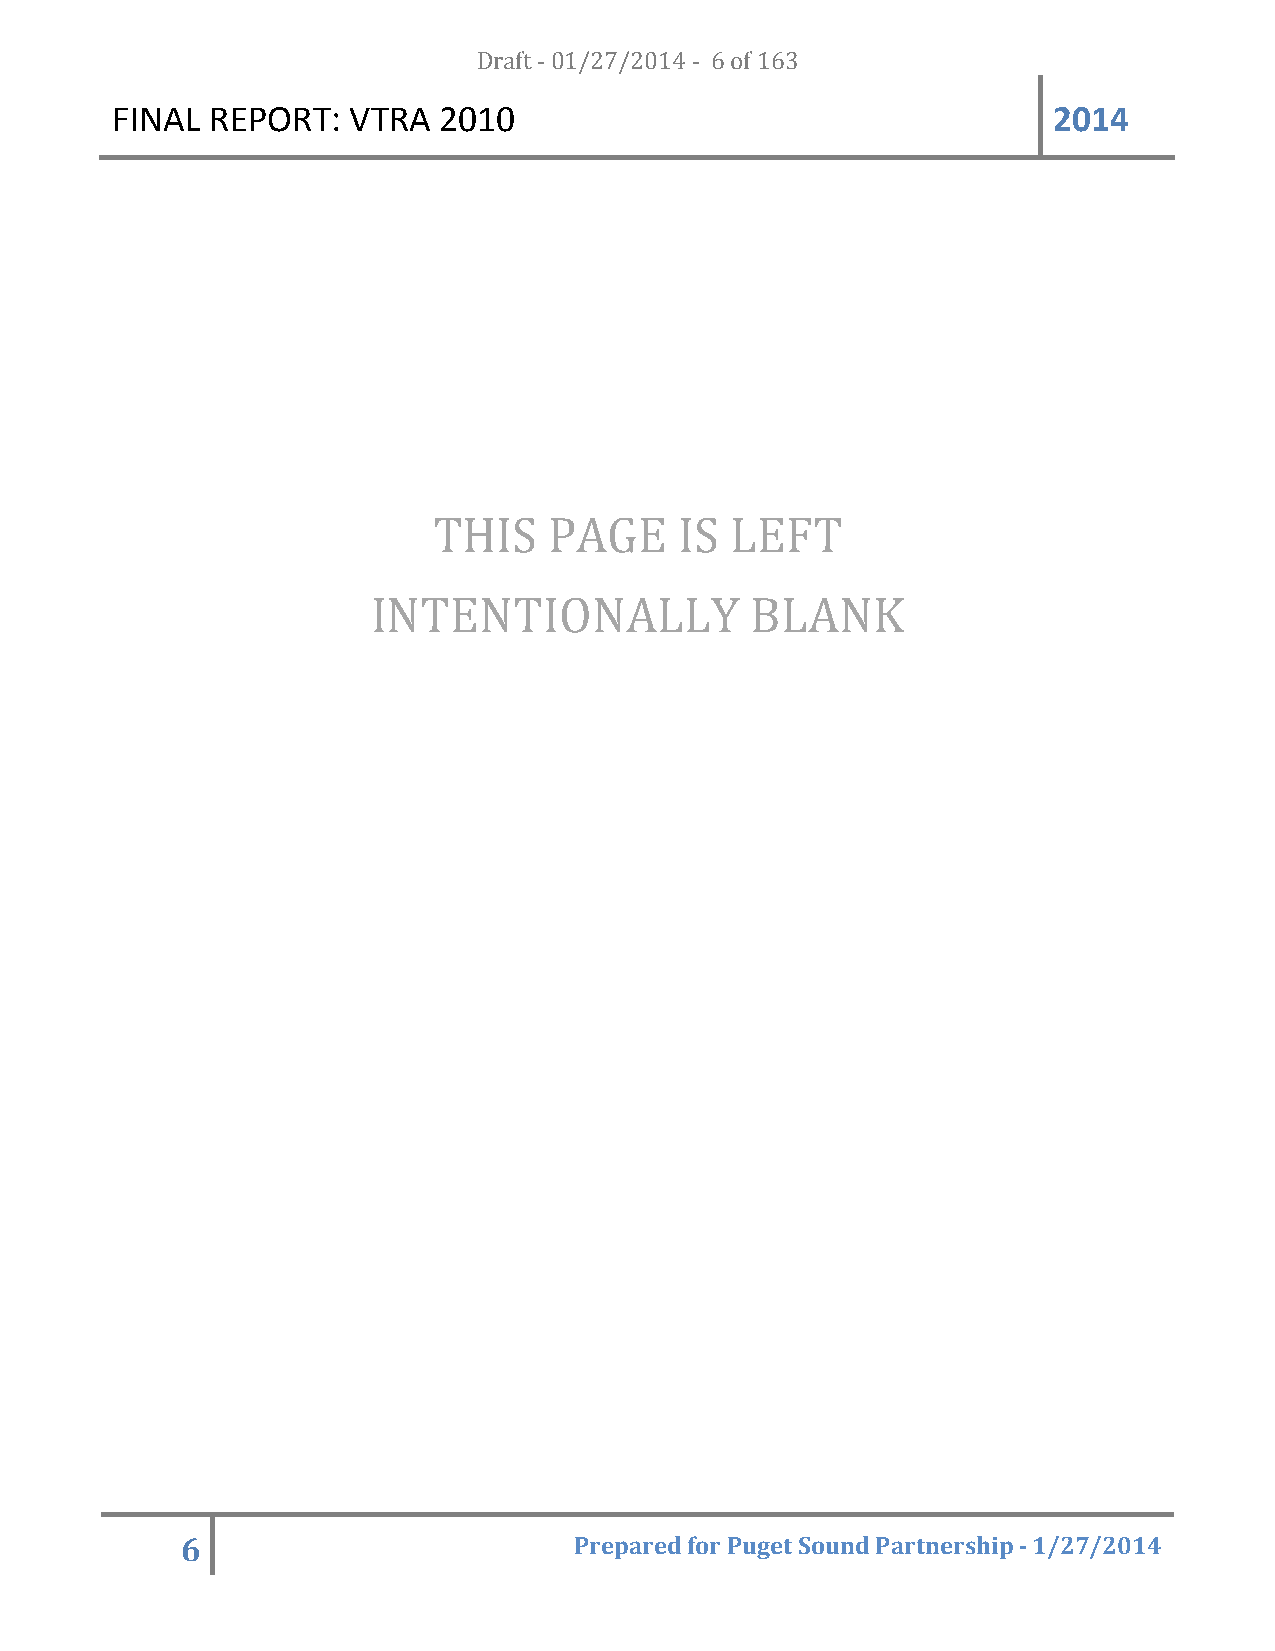
FINAL  REPORT:  VTRA  20D1r0a ft - 01/27/2014 - 6 of 163       2014
 THIS   PAGE     IS LEFT
 INTENTIONALLY            BLANK
 6                         Prepared for Puget Sound Partnership - 1/27/2014